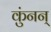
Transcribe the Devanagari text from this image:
कुंनन्